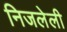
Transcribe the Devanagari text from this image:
निजलेली